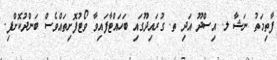
ފާތިމަތު ނަޝާ ލ. އިސްދޫ އަދި ތ. ގުރައިދޫގައި ބަހައްޓާފައިވާ ވޯޓުފޮށިތައްވެސް ބަންދުކޮށްފި.